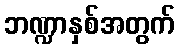
ဘဏ္ဍာနှစ်အတွက်